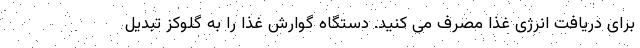
برای دریافت انرژی غذا مصرف می کنید. دستگاه گوارش غذا را به گلوکز تبدیل